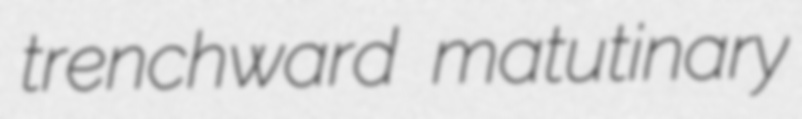
trenchward matutinary